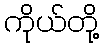
ကိုယ်တို့